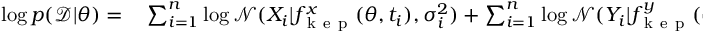
\begin{array} { r l } { \log p ( \mathcal { D } | \theta ) = } & { { } \sum _ { i = 1 } ^ { n } \log \mathcal { N } ( X _ { i } | f _ { \mathrm { ~ k ~ e ~ p ~ } } ^ { x } ( \theta , t _ { i } ) , \sigma _ { i } ^ { 2 } ) + \sum _ { i = 1 } ^ { n } \log \mathcal { N } ( Y _ { i } | f _ { \mathrm { ~ k ~ e ~ p ~ } } ^ { y } ( \theta , t _ { i } ) , \sigma _ { i } ^ { 2 } ) } \end{array}